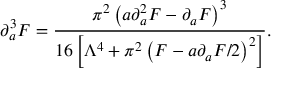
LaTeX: \partial _ { a } ^ { 3 } { \cal F } = { \frac { \pi ^ { 2 } \left( a \partial _ { a } ^ { 2 } { \cal F } - \partial _ { a } { \cal F } \right) ^ { 3 } } { 1 6 \left[ { \Lambda ^ { 4 } } + \pi ^ { 2 } \left( { \cal F } - { a } \partial _ { a } { \cal F } / 2 \right) ^ { 2 } \right] } } .